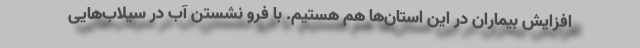
افزایش بیماران در این استان‌ها هم هستیم. با فرو نشستن آب در سیلاب‌هایی